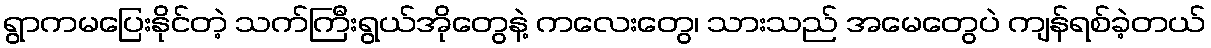
ရွာကမပြေးနိုင်တဲ့ သက်ကြီးရွယ်အိုတွေနဲ့ ကလေးတွေ၊ သားသည် အမေတွေပဲ ကျန်ရစ်ခဲ့တယ်